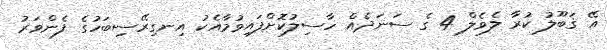
އޭ ޤަބޫލު ކުރާ ލެވެލް 4 ގެ ސަނަދެއް ހާސިލުކޮށްފައިވުމާއެކު އިނގިރޭސިބަހުގެ ފެންވަރު